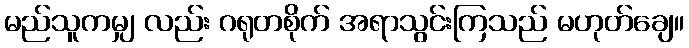
မည်သူကမျှ လည်း ဂရုတစိုက် အရာသွင်းကြသည် မဟုတ်ချေ။